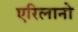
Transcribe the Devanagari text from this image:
एरिलानो